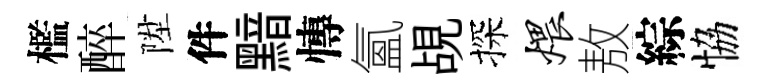
檻醉陞件黯慱氳覘探煨敖綜恊